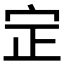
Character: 𡧡